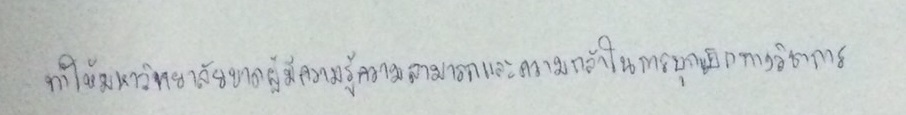
ทำให้มหาวิทยาลัยขาดผู้มีความรู้ความสามารถและความกล้าในการบุกเบิกทางวิชาการ